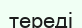
тереді